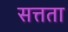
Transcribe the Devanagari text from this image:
सत्तता